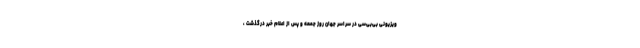
ویزیونی بی‌بی‌سی در سراسر جهان روز جمعه و پس از اعلام خبر درگذشت ،